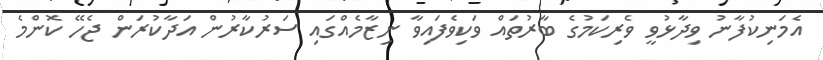
އެމަނިކުފާނު ވިދާޅުވީ ވެރިކަމުގެ ބާރުތައް ވަކިވެފައިވާ ނިޒާމެއްގައި ސަރުކާރުން އަދާކުރަން ޖެހޭ ކޮންމެ